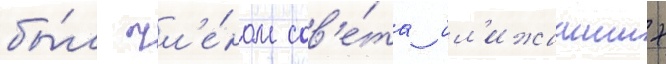
бы́л чл'е́ном сов'е́та бл'ижаиших